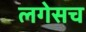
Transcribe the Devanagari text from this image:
लगेसच